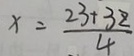
x = \frac { 2 3 + 3 z } { 4 }